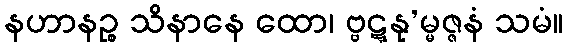
နဟာနဉ္စ သိနာနေ ထော၊ ဗ္ဗဋ္ဋနု’မ္မဇ္ဇနံ သမံ။